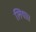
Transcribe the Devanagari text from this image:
लिया।।